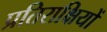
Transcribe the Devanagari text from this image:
प्रतिराक्षियों